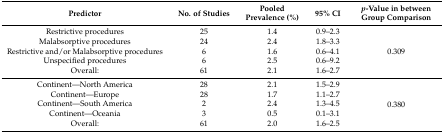
| Predictor | No. of Studies | Pooled Prevalence (%) | 95% CI | p-Value in between Group Comparison |
 | --- | --- | --- | --- | --- |
 | Restrictive procedures | 25 | 1.4 | 0.9–2.3 | <ROWSPAN=5> 0.309 |
 | Malabsorptive procedures | 24 | 2.4 | 1.8–3.3 |
 | Restrictive and/or Malabsorptive procedures | 6 | 1.6 | 0.6–4.1 |
 | Unspecified procedures | 6 | 2.5 | 0.6–9.2 |
 | Overall: | 61 | 2.1 | 1.6–2.7 |
 | Continent—North America | 28 | 2.1 | 1.5–2.9 | <ROWSPAN=5> 0.380 |
 | Continent—Europe | 28 | 1.7 | 1.1–2.7 |
 | Continent—South America | 2 | 2.4 | 1.3–4.5 |
 | Continent—Oceania | 3 | 0.5 | 0.1–3.1 |
 | Overall: | 61 | 2.0 | 1.6–2.5 |